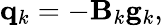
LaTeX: \mathbf{q}_{k}=-\mathbf{B}_{k}\mathbf{g}_{k},